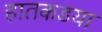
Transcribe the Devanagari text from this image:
हातकडया